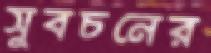
সুবচনের